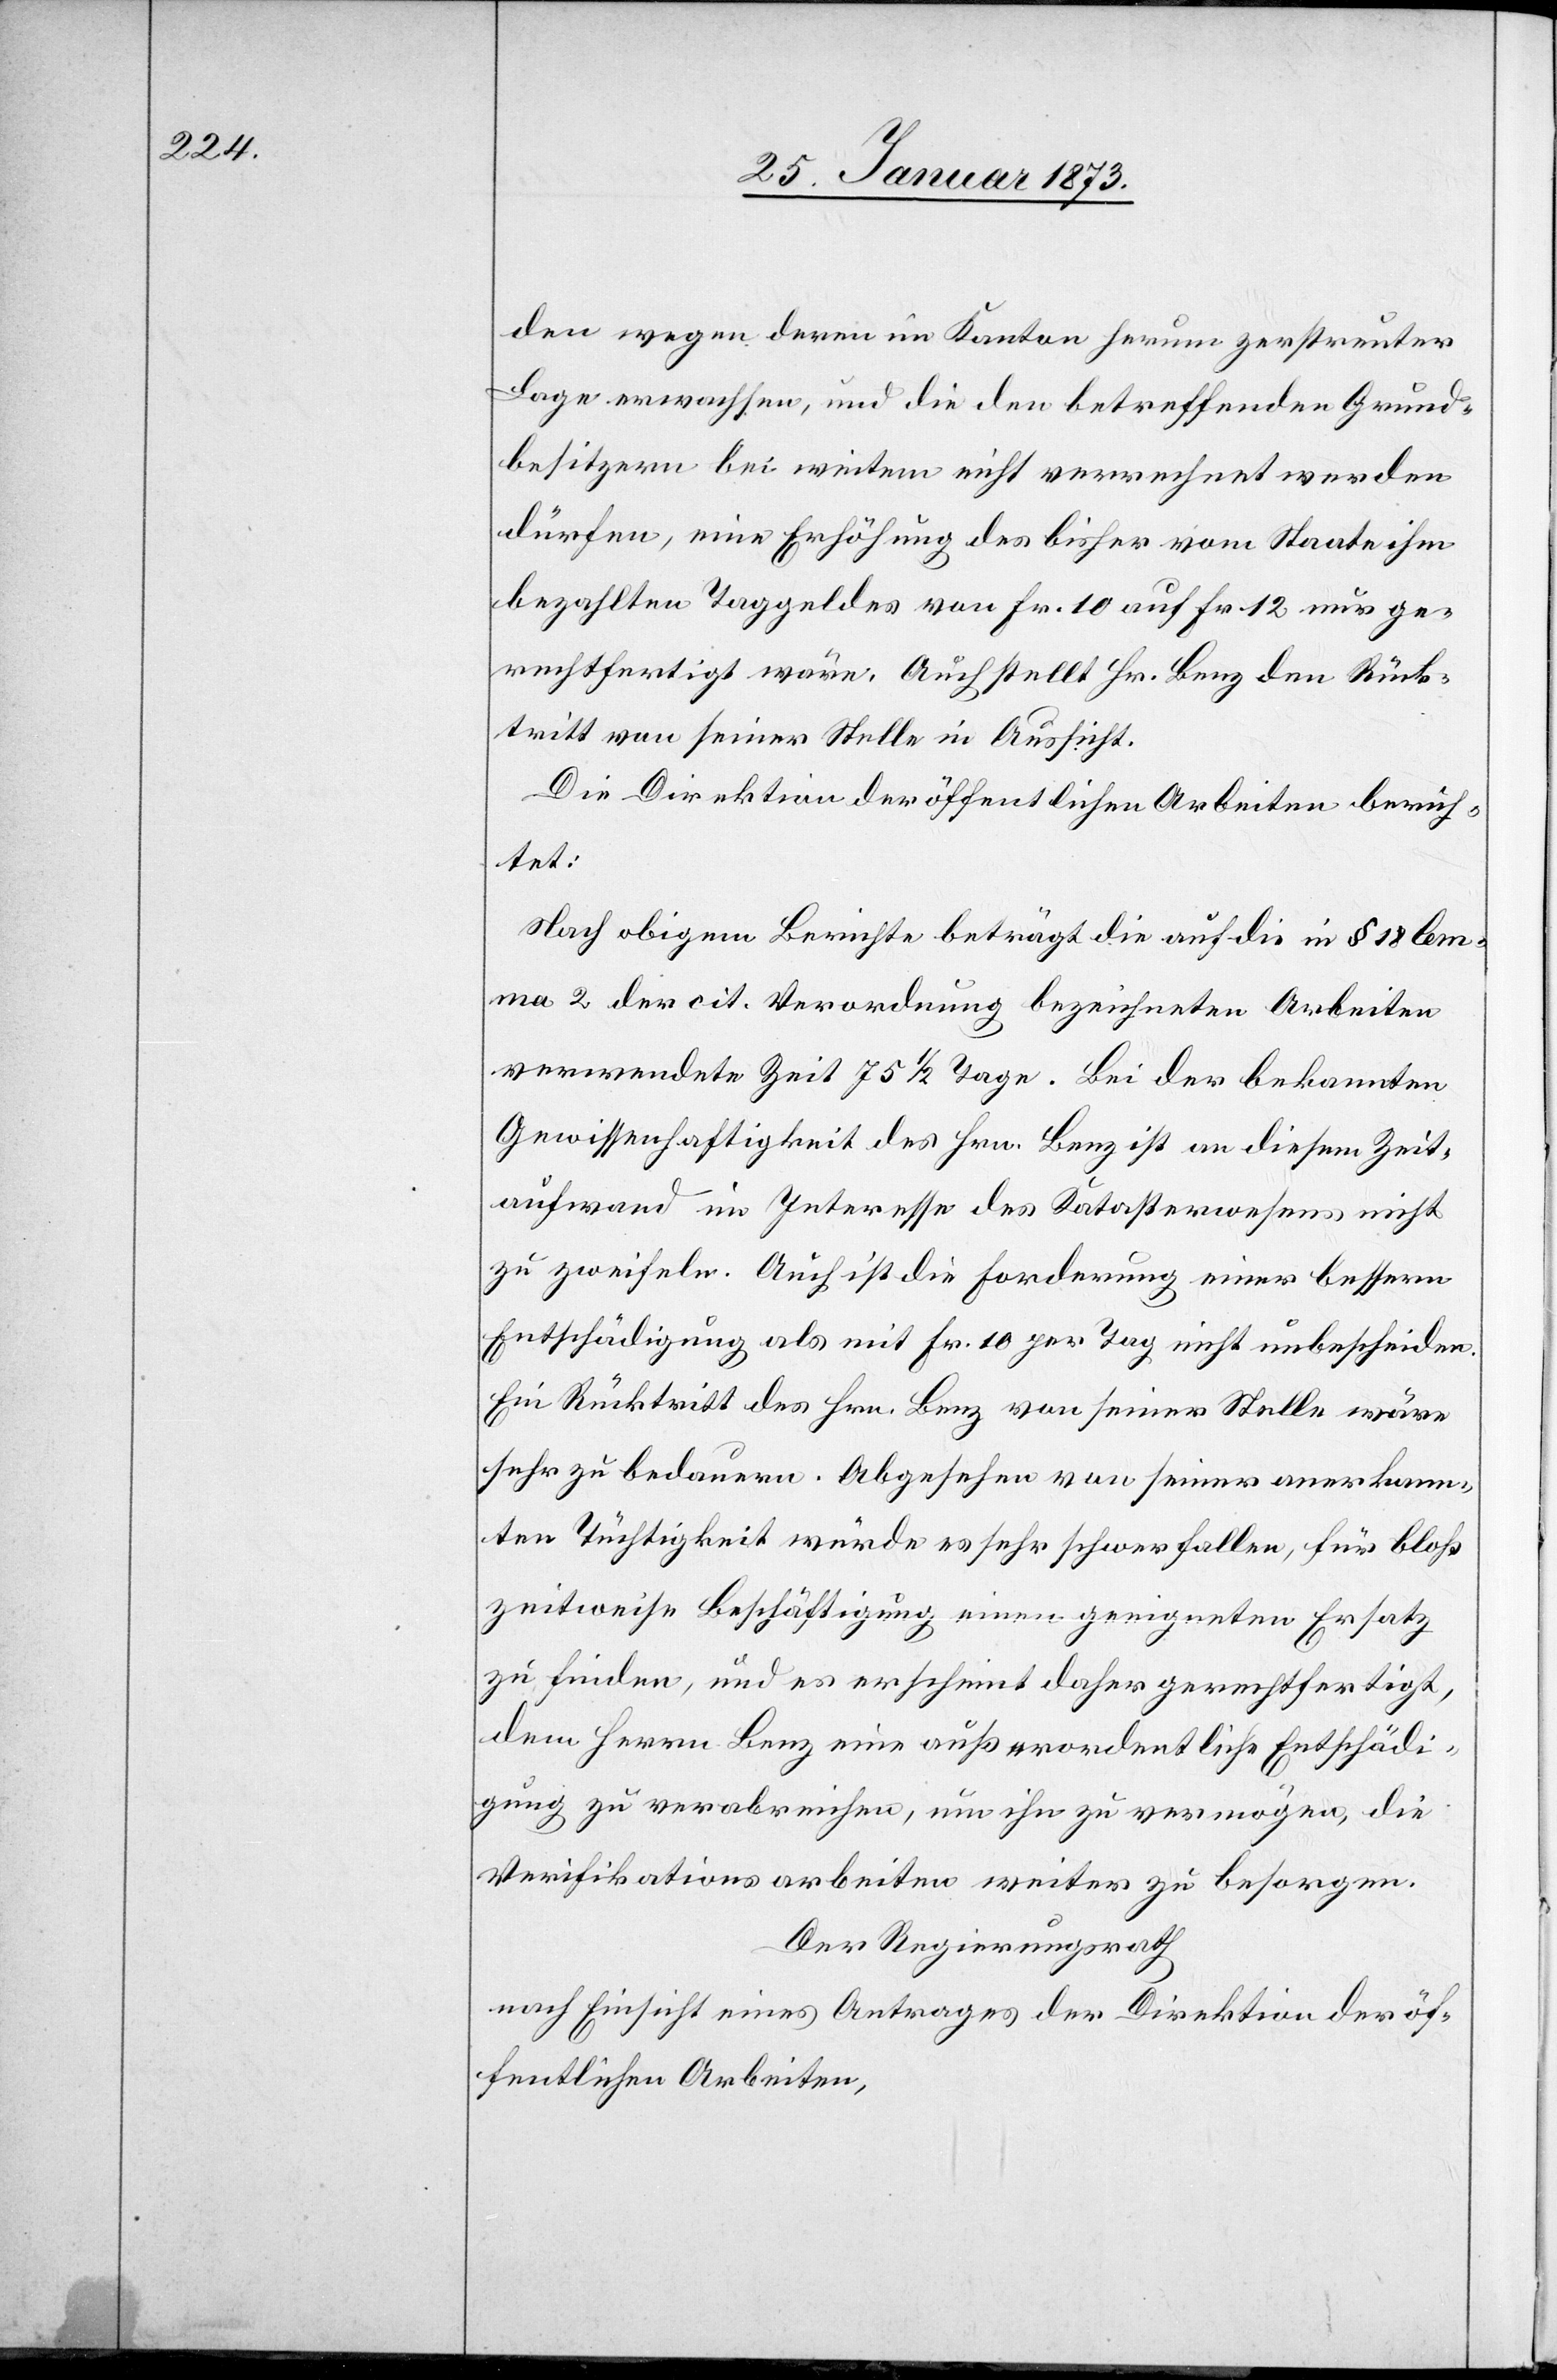
den wegen deren im Kanton herum zerstreuter
Lage erwachsen, und die den betreffenden Gemeind¬
besitzern bei weitem nicht verrechnet werden
dürfen, eine Erhöhung des bisher vom Staate ihm
bezahlten Taggeldes von Fr. 10 auf Fr. 12 nur ge¬
rechtfertigt wäre. Auch stellt Hr. Benz den Rück¬
tritt von seiner Stelle in Aussicht.
Die Direktion der öffentlichen Arbeiten berich¬
tet:
Nach obigem Berichte beträgt die auf die in § 18 Lem¬
ma 2 der cit. Verordnung bezeichneten Arbeiten
verwendete Zeit 75 1/2 Tage. Bei der bekannten
Gewissenhaftigkeit des Hrn. Benz ist an diesem Zeit¬
aufwand im Interesse des Katasterwesens nicht
zu zweifeln. Auch ist die Forderung einer bessern
Entschädigung als mit Fr. 10 per Tag nicht unbescheiden.
Ein Rücktritt des Hrn. Benz von seiner Stelle wäre
sehr zu bedauern. Abgesehen von seiner anerkann¬
ten Tüchtigkeit würde es sehr schwer fallen, für bloß
zeitweise Beschäftigung einen geeigneten Ersatz
zu finden, und es erscheint daher gerechtfertigt,
dem Herrn Benz eine außerordentliche Entschädi¬
gung zu verabreichen, um ihn zu vermögen, die
Verifikationsarbeiten weiter zu besorgen.
Der Regierungsrath
nach Einsicht eines Antrages der Direktion der öf¬
fentlichen Arbeiten,